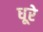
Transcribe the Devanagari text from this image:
धूरे